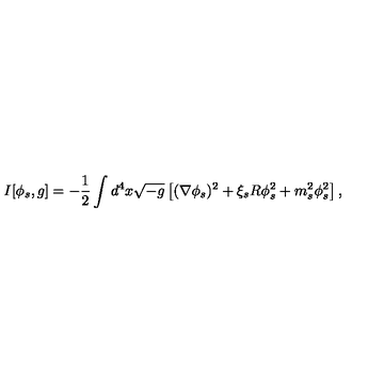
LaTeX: I [ \phi _ { s } , g ] = - \frac 1 2 \int d ^ { 4 } x \sqrt { - g } \left[ ( \nabla \phi _ { s } ) ^ { 2 } + \xi _ { s } R \phi _ { s } ^ { 2 } + m _ { s } ^ { 2 } \phi _ { s } ^ { 2 } \right] ,